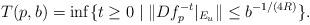
LaTeX: \begin{align*}T(p,b)=\inf\{ t\ge 0\mid \|Df^{-t}_p|_{E_u}\|\le b^{-1/(4R)}\}.\end{align*}